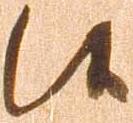
候